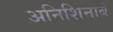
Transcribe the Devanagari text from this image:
अनिशिनाबे